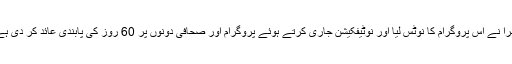
پیمرا نے اس پروگرام کا نوٹس لیا اور نوٹیفکیشن جاری کرتے ہوئے پروگرام اور صحافی دونوں پر 60 روز کی پابندی عائد کر دی ہے ۔